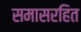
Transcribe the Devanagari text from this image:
समासरहित